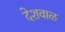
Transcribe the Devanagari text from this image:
देशवाळ